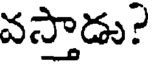
వస్తాడు?